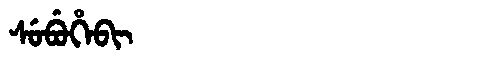
Manchu: ᠰᡠᠪᡠᡥᡝᠪᡳ
Romanization: SUBUHEBI